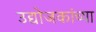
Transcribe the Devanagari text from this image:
उद्योजकांच्या